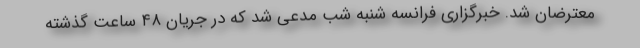
معترضان شد. خبرگزاری فرانسه شنبه شب مدعی شد که در جریان ۴۸ ساعت گذشته